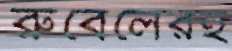
রুবেলেরই